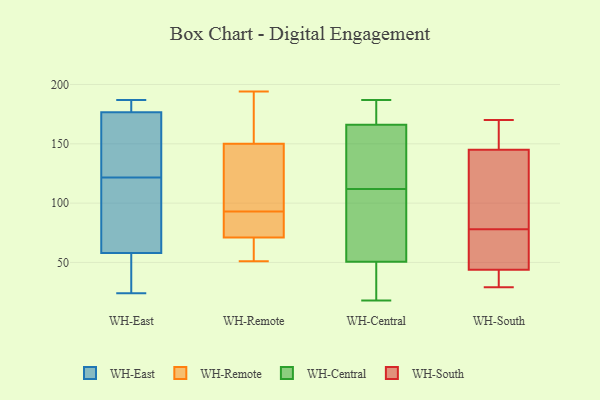
{"axis": {"x": "Inventory Turnover", "y": "Value"}, "legend": ["WH-Central", "WH-East", "WH-Remote", "WH-South"], "data": [{"x": "", "y": 24, "type": "WH-East"}, {"x": "", "y": 116, "type": "WH-East"}, {"x": "", "y": 127, "type": "WH-East"}, {"x": "", "y": 28, "type": "WH-East"}, {"x": "", "y": 187, "type": "WH-East"}, {"x": "", "y": 87, "type": "WH-East"}, {"x": "", "y": 80, "type": "WH-East"}, {"x": "", "y": 185, "type": "WH-East"}, {"x": "", "y": 161, "type": "WH-East"}, {"x": "", "y": 175, "type": "WH-East"}, {"x": "", "y": 178, "type": "WH-East"}, {"x": "", "y": 36, "type": "WH-East"}, {"x": "", "y": 194, "type": "WH-Remote"}, {"x": "", "y": 133, "type": "WH-Remote"}, {"x": "", "y": 71, "type": "WH-Remote"}, {"x": "", "y": 61, "type": "WH-Remote"}, {"x": "", "y": 101, "type": "WH-Remote"}, {"x": "", "y": 194, "type": "WH-Remote"}, {"x": "", "y": 150, "type": "WH-Remote"}, {"x": "", "y": 112, "type": "WH-Remote"}, {"x": "", "y": 110, "type": "WH-Remote"}, {"x": "", "y": 154, "type": "WH-Remote"}, {"x": "", "y": 85, "type": "WH-Remote"}, {"x": "", "y": 51, "type": "WH-Remote"}, {"x": "", "y": 172, "type": "WH-Remote"}, {"x": "", "y": 84, "type": "WH-Remote"}, {"x": "", "y": 77, "type": "WH-Remote"}, {"x": "", "y": 85, "type": "WH-Remote"}, {"x": "", "y": 56, "type": "WH-Remote"}, {"x": "", "y": 64, "type": "WH-Remote"}, {"x": "", "y": 19, "type": "WH-Central"}, {"x": "", "y": 165, "type": "WH-Central"}, {"x": "", "y": 112, "type": "WH-Central"}, {"x": "", "y": 183, "type": "WH-Central"}, {"x": "", "y": 93, "type": "WH-Central"}, {"x": "", "y": 166, "type": "WH-Central"}, {"x": "", "y": 184, "type": "WH-Central"}, {"x": "", "y": 174, "type": "WH-Central"}, {"x": "", "y": 70, "type": "WH-Central"}, {"x": "", "y": 32, "type": "WH-Central"}, {"x": "", "y": 18, "type": "WH-Central"}, {"x": "", "y": 104, "type": "WH-Central"}, {"x": "", "y": 98, "type": "WH-Central"}, {"x": "", "y": 31, "type": "WH-Central"}, {"x": "", "y": 127, "type": "WH-Central"}, {"x": "", "y": 139, "type": "WH-Central"}, {"x": "", "y": 44, "type": "WH-Central"}, {"x": "", "y": 166, "type": "WH-Central"}, {"x": "", "y": 187, "type": "WH-Central"}, {"x": "", "y": 150, "type": "WH-South"}, {"x": "", "y": 92, "type": "WH-South"}, {"x": "", "y": 43, "type": "WH-South"}, {"x": "", "y": 46, "type": "WH-South"}, {"x": "", "y": 96, "type": "WH-South"}, {"x": "", "y": 31, "type": "WH-South"}, {"x": "", "y": 76, "type": "WH-South"}, {"x": "", "y": 78, "type": "WH-South"}, {"x": "", "y": 165, "type": "WH-South"}, {"x": "", "y": 57, "type": "WH-South"}, {"x": "", "y": 77, "type": "WH-South"}, {"x": "", "y": 41, "type": "WH-South"}, {"x": "", "y": 147, "type": "WH-South"}, {"x": "", "y": 37, "type": "WH-South"}, {"x": "", "y": 139, "type": "WH-South"}, {"x": "", "y": 29, "type": "WH-South"}, {"x": "", "y": 168, "type": "WH-South"}, {"x": "", "y": 114, "type": "WH-South"}, {"x": "", "y": 170, "type": "WH-South"}]}